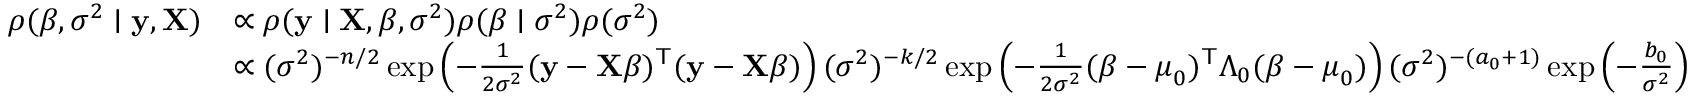
{ \begin{array} { r l } { \rho ( { \boldsymbol { \beta } } , \sigma ^ { 2 } \mid \mathbf { y } , \mathbf { X } ) } & { \propto \rho ( \mathbf { y } \mid \mathbf { X } , { \boldsymbol { \beta } } , \sigma ^ { 2 } ) \rho ( { \boldsymbol { \beta } } \mid \sigma ^ { 2 } ) \rho ( \sigma ^ { 2 } ) } \\ & { \propto ( \sigma ^ { 2 } ) ^ { - n / 2 } \exp \left( - { \frac { 1 } { 2 { \sigma } ^ { 2 } } } ( \mathbf { y } - \mathbf { X } { \boldsymbol { \beta } } ) ^ { \mathsf { T } } ( \mathbf { y } - \mathbf { X } { \boldsymbol { \beta } } ) \right) ( \sigma ^ { 2 } ) ^ { - k / 2 } \exp \left( - { \frac { 1 } { 2 \sigma ^ { 2 } } } ( { \boldsymbol { \beta } } - { \boldsymbol { \mu } } _ { 0 } ) ^ { \mathsf { T } } { \boldsymbol { \Lambda } } _ { 0 } ( { \boldsymbol { \beta } } - { \boldsymbol { \mu } } _ { 0 } ) \right) ( \sigma ^ { 2 } ) ^ { - ( a _ { 0 } + 1 ) } \exp \left( - { \frac { b _ { 0 } } { \sigma ^ { 2 } } } \right) } \end{array} }